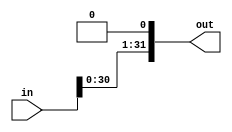
`timescale 1ns / 1ps
//////////////////////////////////////////////////////////////////////////////////
// Company: 
// Engineer: 
// 
// Design Name: 
// Module Name: thirtytwoshiftleft
// Project Name: 
// Target Devices: 
// Tool Versions: 
// Description: 
// 
// Dependencies: 
// 
// Revision:
// Revision 0.01 - File Created
// Additional Comments:
// 
//////////////////////////////////////////////////////////////////////////////////


module thirtytwoshiftleft (input [31:0] in, output [31:0] out);
assign out= {in[30:0],1'b0};
endmodule